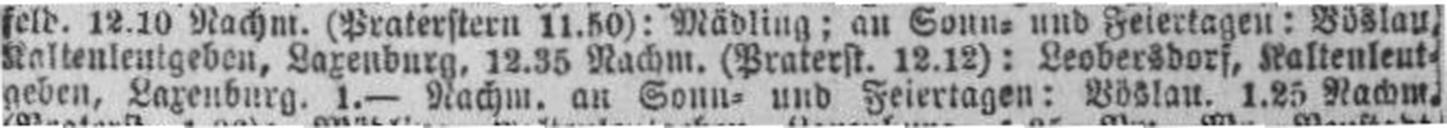
geben, Laxenburg. 1.— Nachm. an Sonn= und Feiertagen: Böslau. 1.25 Nachm.